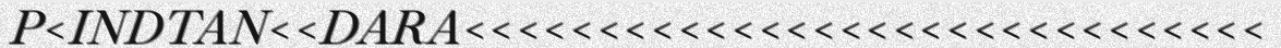
P<INDTAN<<DARA<<<<<<<<<<<<<<<<<<<<<<<<<<<<<<